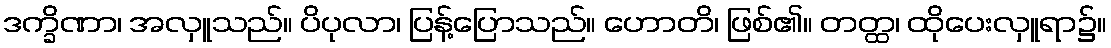
ဒက္ခိဏာ၊ အလှူသည်။ ပိပုလာ၊ ပြန့်ပြောသည်။ ဟောတိ၊ ဖြစ်၏။ တတ္ထ၊ ထိုပေးလှူရာ၌။